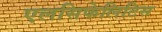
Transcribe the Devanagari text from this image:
एलसिफेलिटिस